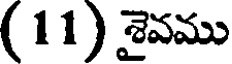
(11) శైవము